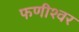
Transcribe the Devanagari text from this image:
फणीश्‍वर